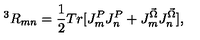
^ 3 R _ { m n } = \frac { 1 } { 2 } T r [ J _ { m } ^ { P } J _ { n } ^ { P } + J _ { m } ^ { \vec { \Omega } } J _ { n } ^ { \vec { \Omega } } ] ,